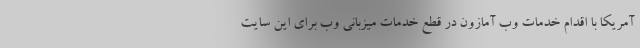
آمریکا با اقدام خدمات وب آمازون در قطع خدمات میزبانی وب برای این سایت